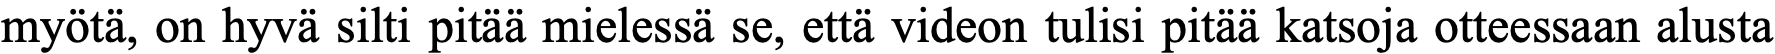
myötä, on hyvä silti pitää mielessä se, että videon tulisi pitää katsoja otteessaan alusta